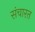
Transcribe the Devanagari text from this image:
संचारत